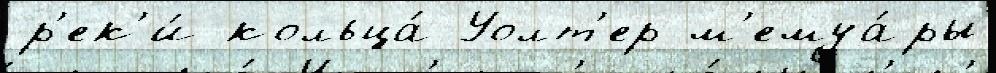
р'ек'и́ кольца́ Уолт'ер м'емуа́ры